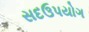
સદઉપયોગ